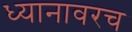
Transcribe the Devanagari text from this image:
ध्यानावरच